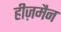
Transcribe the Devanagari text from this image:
हीज़मैन